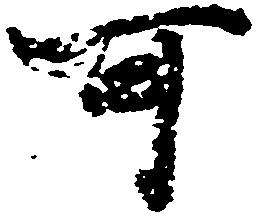
可